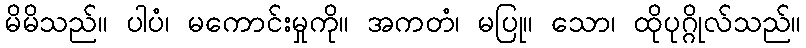
မိမိသည်။ ပါပံ၊ မကောင်းမှုကို။ အကတံ၊ မပြု။ သော၊ ထိုပုဂ္ဂိုလ်သည်။